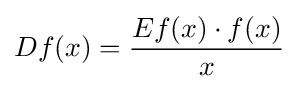
Df(x)={\frac {Ef(x)\cdot f(x)}{x}}